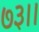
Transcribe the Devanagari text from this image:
७३।।